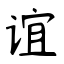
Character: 谊